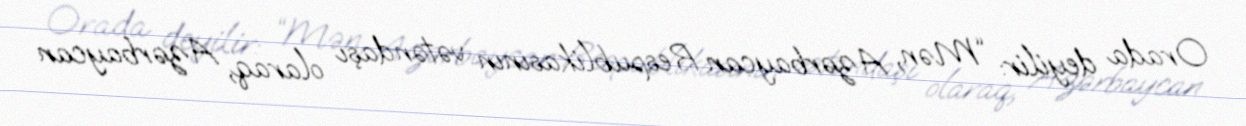
Orada deyilir: “Mən, Azərbaycan Respublikasının vətəndaşı olaraq, Azərbaycan